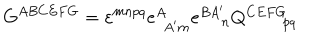
G ^ { A B C E F G } = \varepsilon ^ { m n p q } e _ { \ \, A ^ { \prime } m } ^ { A } e _ { \quad \, n } ^ { B A ^ { \prime } } Q _ { \qquad p q } ^ { C E F G } \label B